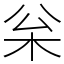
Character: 枀